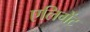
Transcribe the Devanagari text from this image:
एलिगेंट